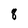
Character: 8